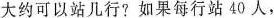
大约可以站几行？如果每行站40人，